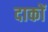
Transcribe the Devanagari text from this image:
दाकों